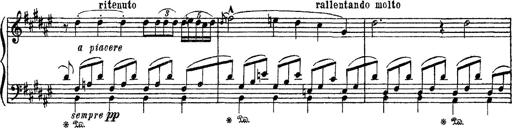
Title: Apparitions
Composer: Franz Liszt